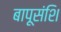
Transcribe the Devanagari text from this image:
बापूसंशि